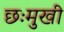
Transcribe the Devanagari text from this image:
छःमुखी